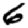
Digit: 6